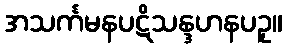
အသင်္ကမနပဋိသန္ဒဟနပဥှ။